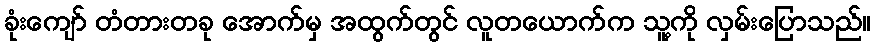
ခုံးကျော် တံတားတခု အောက်မှ အထွက်တွင် လူတယောက်က သူ့ကို လှမ်းပြောသည်။